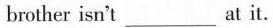
brother isn't___ at it.